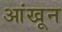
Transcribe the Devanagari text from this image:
आंखून